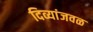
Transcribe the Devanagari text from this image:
दिव्यांजवळ